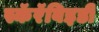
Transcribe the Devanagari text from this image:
स्कॅरॅबिइडी